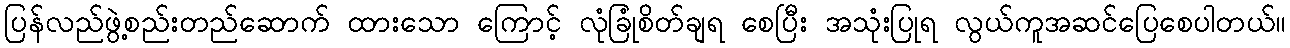
ပြန်လည်ဖွဲ့စည်းတည်ဆောက် ထားသော ကြောင့် လုံခြုံစိတ်ချရ စေပြီး အသုံးပြုရ လွယ်ကူအဆင်ပြေစေပါတယ်။